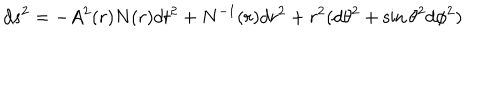
d s ^ { 2 } = - A ^ { 2 } ( r ) N ( r ) d t ^ { 2 } + N ^ { - 1 } ( r ) d r ^ { 2 } + r ^ { 2 } ( d \theta ^ { 2 } + \sin \theta ^ { 2 } d \phi ^ { 2 } )